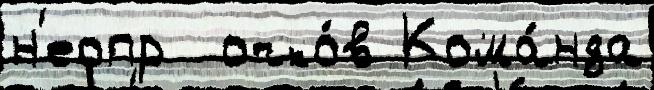
н'еопр  очко́в Кома́нда